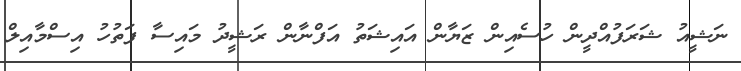
ނަޝީއު ޝަރަފުއްދީން ހުސެއިން ޒަޔާން އައިޝަތު އަފްނާން ރަޝީދު މައިސާ ފަތުހު އިސްމާއިލް